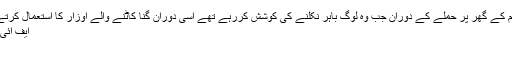
غیور نے دعوی کیاہے کہ’’ ہجوم کے گھر پر حملے کے دوران جب وہ لوگ باہر نکلنے کی کوشش کررہے تھے اسی دوران گنا کاٹنے والے اوزار کا استعمال کرتے ہوئے انہیں قتل کردیا گیا ہے‘‘
ایف ائی آر نمبر376ستمبر8سال2013
پولیس اسٹیشن ۔